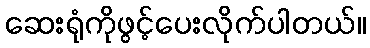
ဆေးရုံကိုဖွင့်ပေးလိုက်ပါတယ်။